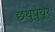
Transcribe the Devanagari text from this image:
छथुपुथूर्